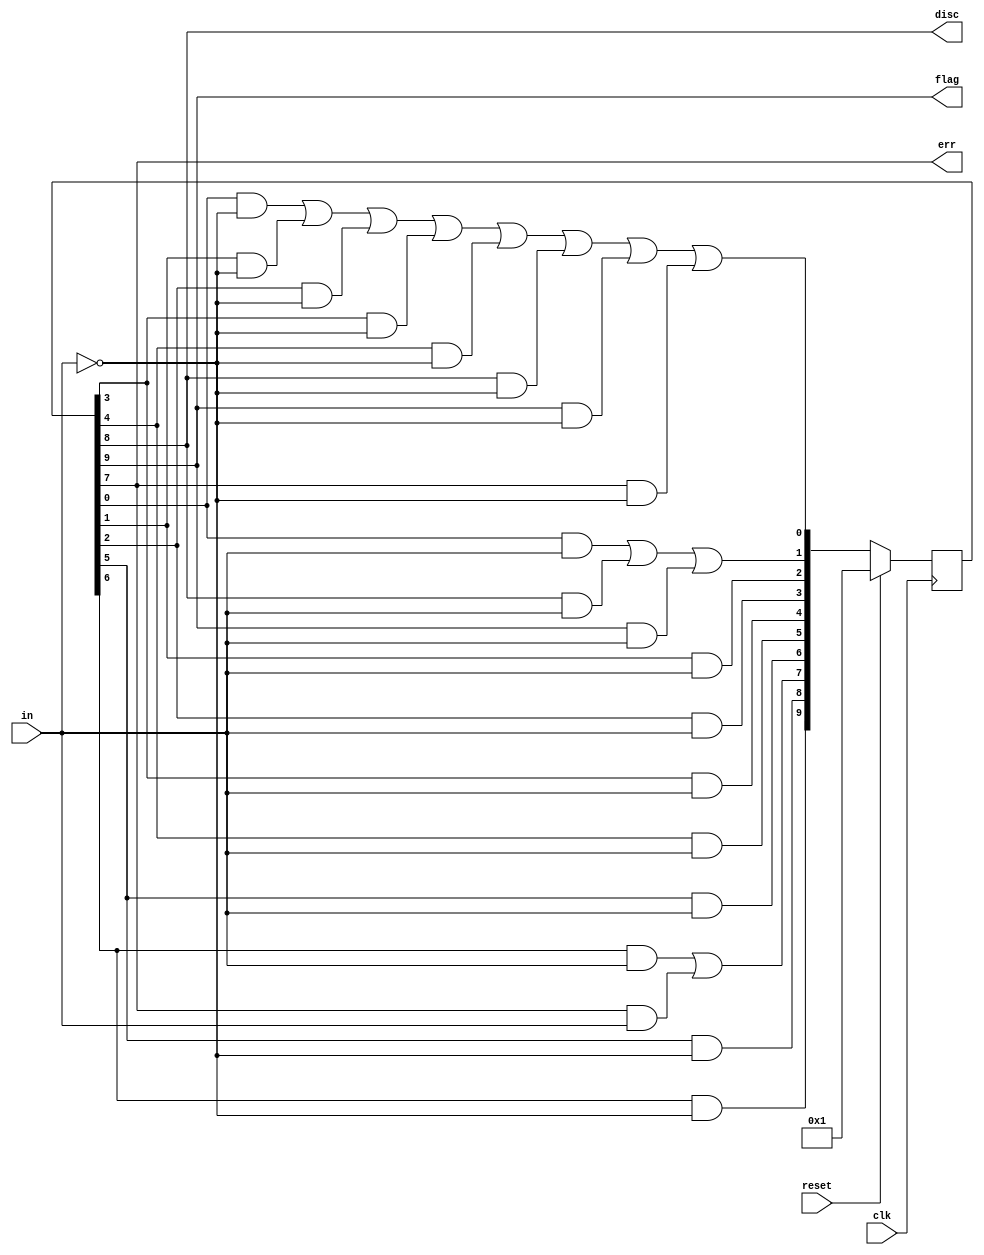
module top_module(
    input clk,
    input reset,    // Synchronous reset
    input in,
    output disc,
    output flag,
    output err);
  
    reg[9:0] state ,next_state;
	
	always@(posedge clk)begin
		if(reset)
			state <= 10'b0000_0000_01;
		else
			state <= next_state;
	end
	
    always@(*)begin
		next_state[0] <= state[0] & ~in | state[1] & ~in | state[2] & ~in | state[3] & ~in | state[4] & ~in | state[8] & ~in | state[9] & ~in | state[7] & ~in; 
		next_state[1] <= state[0] & in | state[8] & in | state[9] & in;
		next_state[2] <= state[1] & in;
		next_state[3] <= state[2] & in;
		next_state[4] <= state[3] & in;
		next_state[5] <= state[4] & in;
		next_state[6] <= state[5] & in;
		next_state[7] <= state[6] & in | state[7] & in;
		next_state[8] <= state[5] & ~in;
		next_state[9] <= state[6] & ~in;
	end
	
	assign err = state[7] == 1;
	assign disc = state[8] == 1;
	assign flag = state[9] == 1;

endmodule